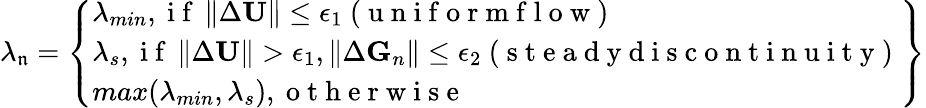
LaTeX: \lambda_{\mathfrak{n}}=\left\{ \begin{array}{l}{\lambda_{min},\mathrm{~i~f~}\left\| \Delta\textbf{U}\right\| \leq\epsilon_{1}\mathrm{~(~u~n~i~f~o~r~m~f~l~o~w~)~}}\\ {\lambda_{s},\mathrm{~i~f~}\left\| \Delta\textbf{U}\right\| >\epsilon_{1},\left\| \Delta\textbf{G}_{n}\right\| \leq\epsilon_{2}\mathrm{~(~s~t~e~a~d~y~d~i~s~c~o~n~t~i~n~u~i~t~y~)~}}\\ {max(\lambda_{min},\lambda_{s}),\mathrm{~o~t~h~e~r~w~i~s~e~}}\end{array}\right\}